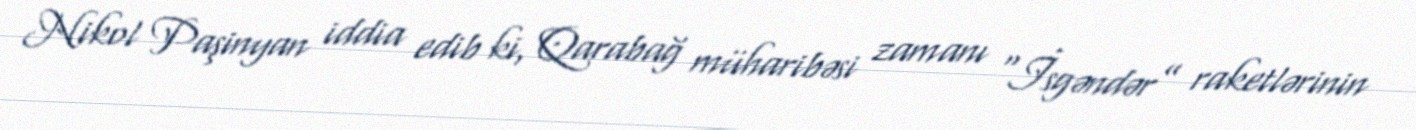
Nikol Paşinyan iddia edib ki, Qarabağ müharibəsi zamanı “İsgəndər” raketlərinin